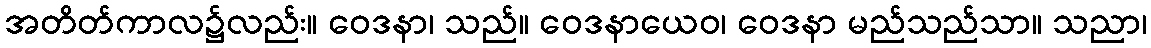
အတိတ်ကာလ၌လည်း။ ဝေဒနာ၊ သည်။ ဝေဒနာယေဝ၊ ဝေဒနာ မည်သည်သာ။ သညာ၊